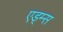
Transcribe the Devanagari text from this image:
एड्म्स